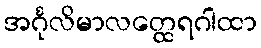
အင်္ဂုလိမာလတ္ထေရဂါထာ